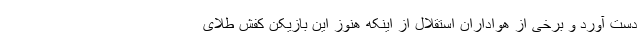
دست آورد و برخی از هواداران استقلال از اینکه هنوز این بازیکن کفش طلای